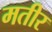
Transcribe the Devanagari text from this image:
मतीर